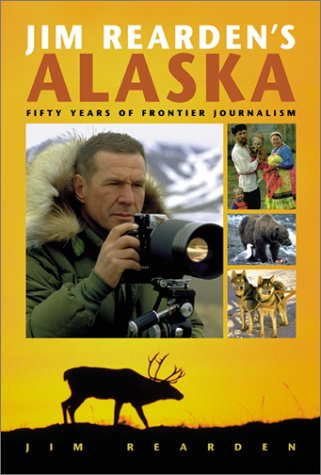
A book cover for Jim Rearden's Alaska: Fifty Years of Frontier Journalism; Jim Rearden; Travel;